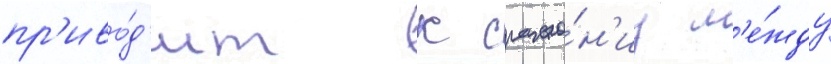
пр'иво́д'ит к сраже́н'иу м'е́жду